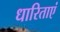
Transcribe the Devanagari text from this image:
धारिताएं